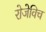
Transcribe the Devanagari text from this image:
रोजेविच